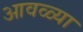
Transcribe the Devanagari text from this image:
आवळ्या